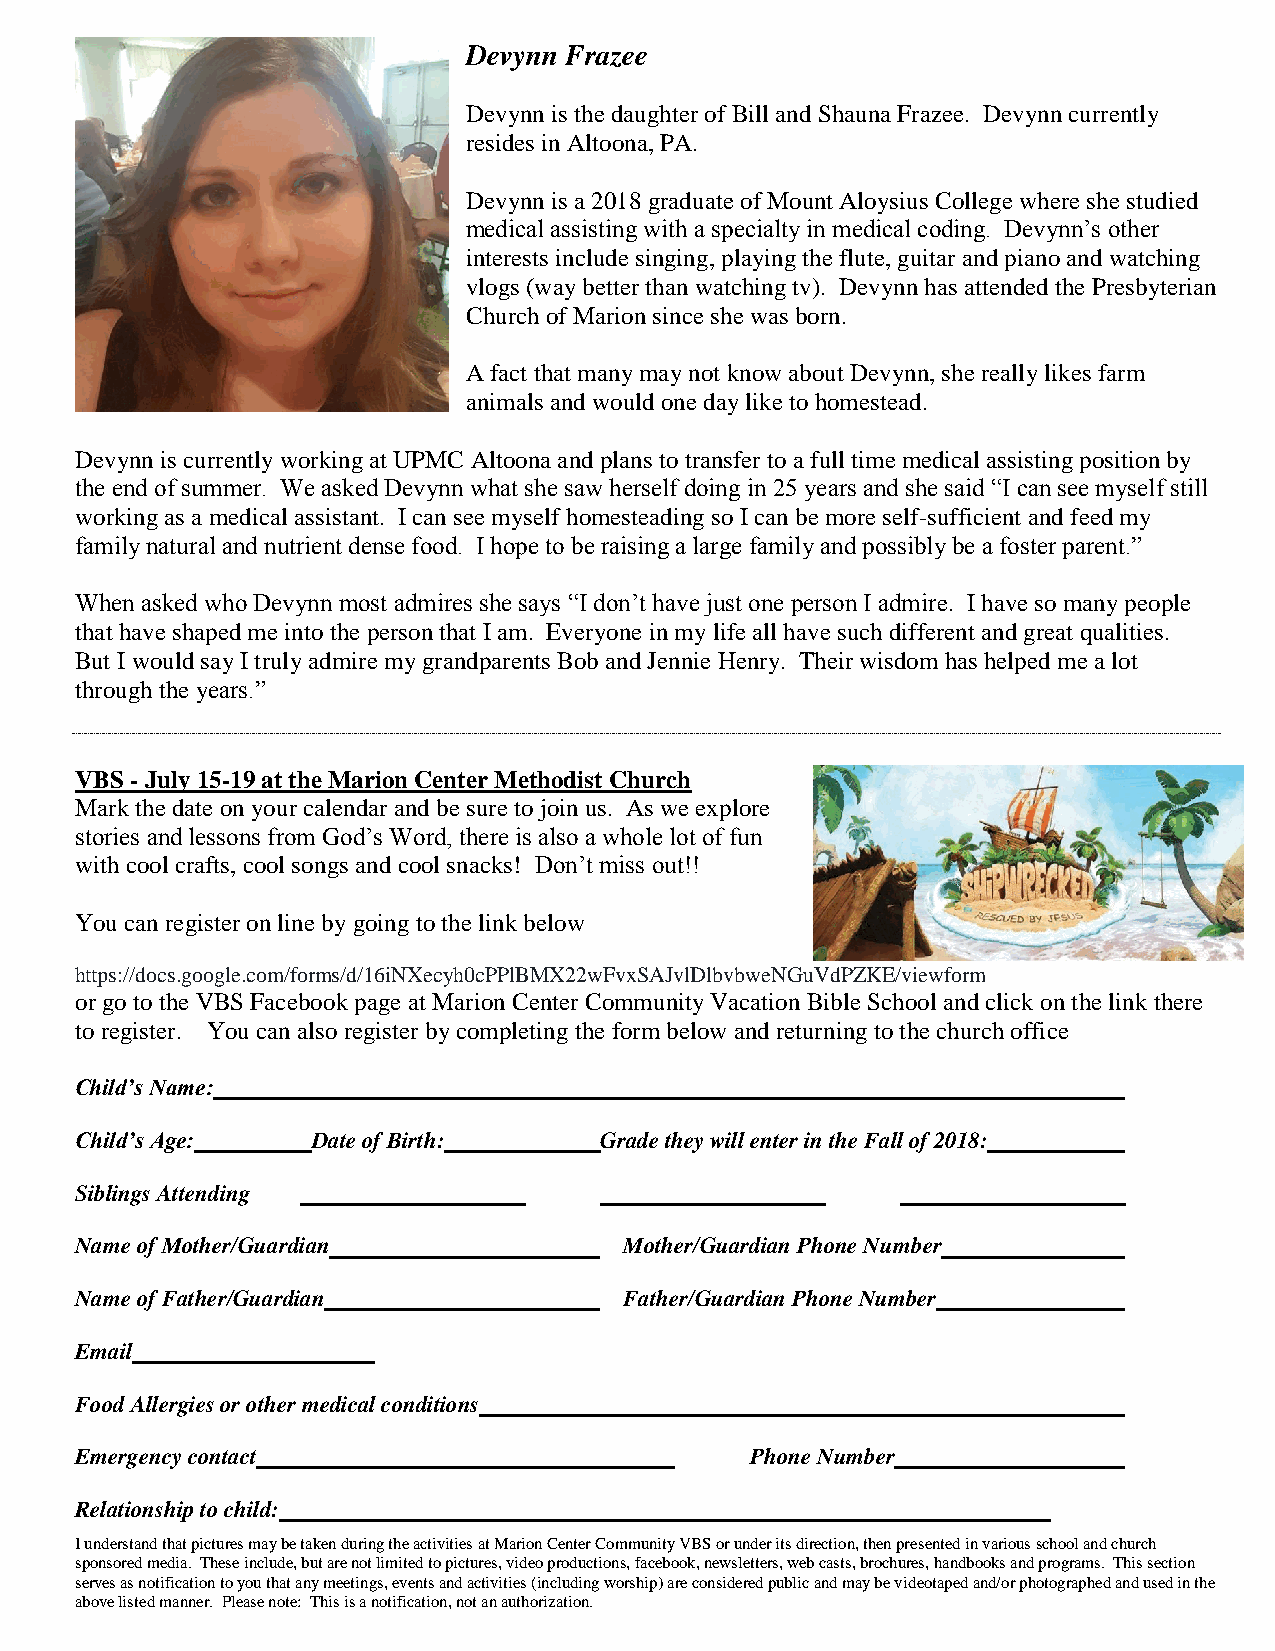
Devynn Frazee
 Devynn is the daughter of Bill and Shauna Frazee. Devynn currently
 resides in Altoona, PA.
 Devynn is a 2018 graduate of Mount Aloysius College where she studied
 medical assisting with a specialty in medical coding. Devynn’s other
 interests include singing, playing the flute, guitar and piano and watching
 vlogs (way better than watching tv). Devynn has attended the Presbyterian
 Church of Marion since she was born.
 A fact that many may not know about Devynn, she really likes farm
 animals and would one day like to homestead.
 Devynn is currently working at UPMC Altoona and plans to transfer to a full time medical assisting position by
 the end of summer. We asked Devynn what she saw herself doing in 25 years and she said “I can see myself still
 working as a medical assistant. I can see myself homesteading so I can be more self-sufficient and feed my
 family natural and nutrient dense food. I hope to be raising a large family and possibly be a foster parent.”
 When asked who Devynn most admires she says “I don’t have just one person I admire. I have so many people
 that have shaped me into the person that I am. Everyone in my life all have such different and great qualities.
 But I would say I truly admire my grandparents Bob and Jennie Henry. Their wisdom has helped me a lot
 through the years.”
 VBS - July 15-19 at the Marion Center Methodist Church
 Mark the date on your calendar and be sure to join us. As we explore
 stories and lessons from God’s Word, there is also a whole lot of fun
 with cool crafts, cool songs and cool snacks! Don’t miss out!!
 You can register on line by going to the link below
 https://docs.google.com/forms/d/16iNXecyh0cPPlBMX22wFvxSAJvlDlbvbweNGuVdPZKE/viewform
 or go to the VBS Facebook page at Marion Center Community Vacation Bible School and click on the link there
 to register. You can also register by completing the form below and returning to the church office
 Child’s Name:
 Child’s Age:    Date of Birth:     Grade they will enter in the Fall of 2018:
 Siblings Attending
 Name of Mother/Guardian             Mother/Guardian Phone Number
 Name of Father/Guardian             Father/Guardian Phone Number
 Email
 Food Allergies or other medical conditions
 Emergency contact                            Phone Number
 Relationship to child:
 I understand that pictures may be taken during the activities at Marion Center Community VBS or under its direction, then presented in various school and church
 sponsored media. These include, but are not limited to pictures, video productions, facebook, newsletters, web casts, brochures, handbooks and programs. This section
 serves as notification to you that any meetings, events and activities (including worship) are considered public and may be videotaped and/or photographed and used in the
 above listed manner. Please note: This is a notification, not an authorization.